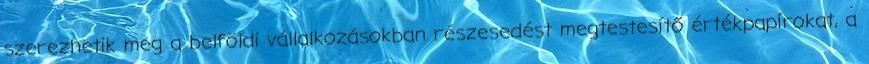
szerezhetik meg a belföldi vállalkozásokban részesedést megtestesítő értékpapírokat, a